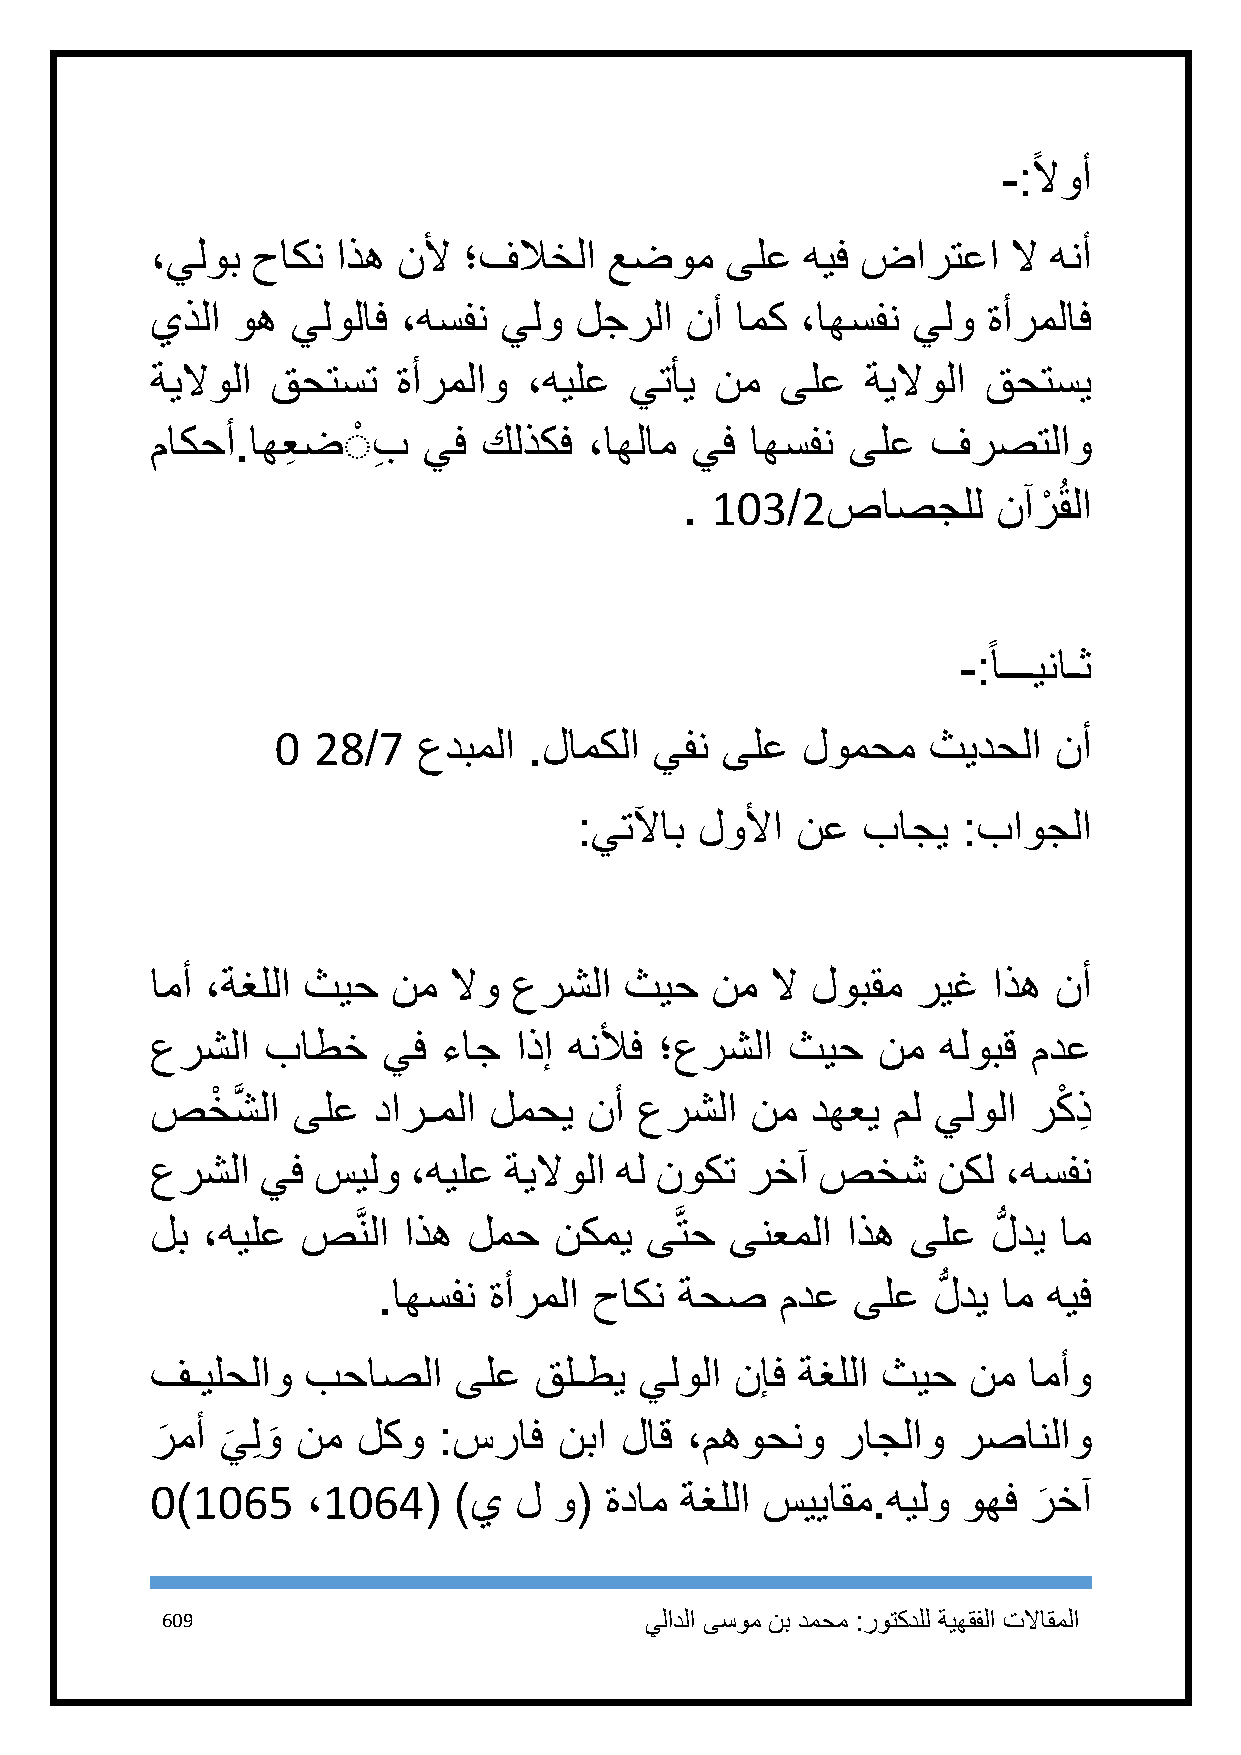
ً
 -: لاوأ
 ،يلوب  حاكن اذه نلأ  ؛فلاخلا  عضوم    ىلع  هيف ضارتعا    لا هنأ
 يذلا وه  يلولاف  ،هسفن يلو  لجرلا  نأ  امك ،اهسفن يلو  ةأرملاف
 ةيلاولا قحتست   ةأرملاو  ،هيلع  يتأي نم   ىلع  ةيلاولا قحتسي
 ماكحأ.اهعِ ضٌْ بِ يف  كلذكف  ،اهلام يف  اهسفن ىلع   فرصتلاو
 . 113/2صاصجلل        نآرْ ُقلا
 ً
 -: اـــيناـث
 1  28/7   عدبملا .لامكلا يفن  ىلع  لومحم   ثيدحلا   نأ
 :يتلآاب لولأا  نع  باجي   :باوجلا
 امأ ،ةغللا ثيح  نم  لاو عرشلا  ثيح   نم  لا لوبقم  ريغ  اذه نأ
 عرشلا   باطخ   يف  ءاج  اذإ هنلأف ؛عرشلا  ثيح   نم  هلوبق مدع
 صخْ  شَّ لا ىلع دارـملا لمحي نأ عرشلا   نم  دهعي مل يلولا ركْ ذِ
 عرشلا  يف  سيلو  ،هيلع ةيلاولا هل نوكت رخآ  صخش     نكل ،هسفن
 لب ،هيلع  صَّنلا اذه لمح   نكمي  ىَّتح ىنعملا اذه ىلع   لُّ دي ام
 .اهسفن ةأرملا حاكن  ةحص    مدع ىلع   لُّ دي ام هيف
 فـيلحلاو  بحاصلا    ىلع  قلـطي  يلولا  نإف ةغللا ثيح  نم  امأو
 ر
 َ
 مأ ي
 َ
 لِ و
 َ
 نم  لكو  :سراف   نبا لاق ،مهوحنو    راجلاو رصانلاو
 1)1165    ،1164(    )ي  ل  و( ةدام ةغللا سيياقم.هيلو  وهف ر
 َ
 خآ
 619                             يلادلا ىسوم نب دمحم :روتكدلل ةيهقفلا تلااقملا